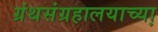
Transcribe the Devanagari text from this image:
ग्रंथसंग्रहालयाच्या़